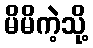
မိမိကဲ့သို့